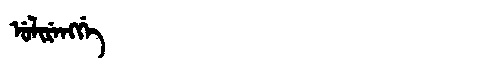
Manchu: ᡠᠯᡳᡵᡝᠩᡤᡝ
Romanization: ULIRENGGE